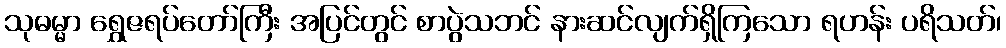
သုဓမ္မာ ရွှေဇရပ်တော်ကြီး အပြင်တွင် စာပွဲသဘင် နားဆင်လျက်ရှိကြသော ရဟန်း ပရိသတ်၊